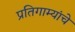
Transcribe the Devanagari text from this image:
प्रतिगाम्यांचे